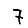
Digit: 7